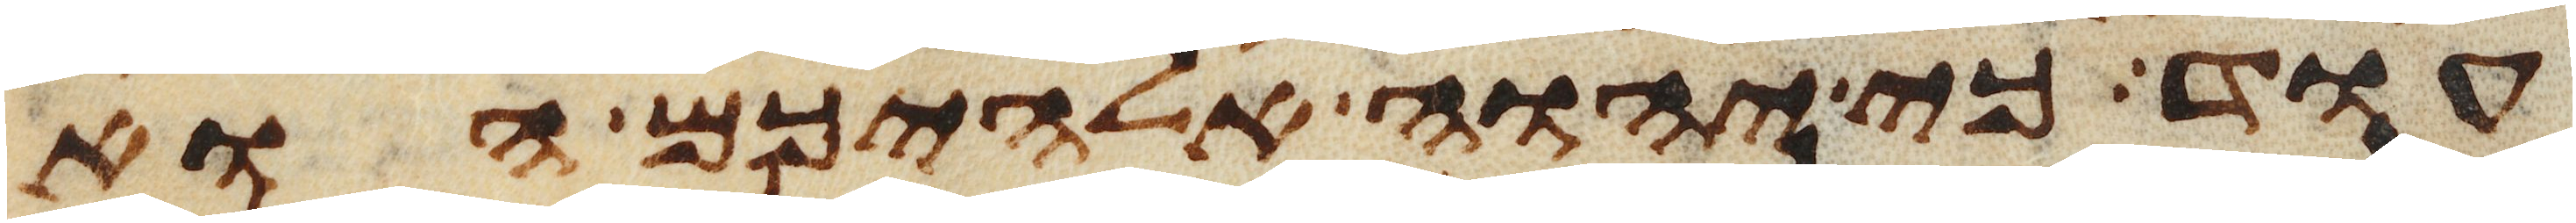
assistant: עוד כי יהוה אלהיכם הוא